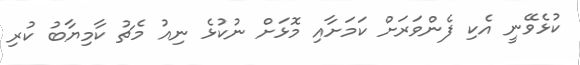
ކުޅެވޭނީ އެކި ފެންވަރަށް ކަމަށާއި މޮޅަށް ނުކުޅެ ނިއު މެޗު ކާމިޔާބު ކުރި